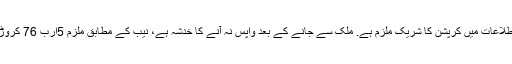
نیب پراسیکیوٹر کا کہنا ہے کہ اکبرانعام محکمہ اطلاعات میں کرپشن کا شریک ملزم ہے. ملک سے جانے کے بعد واپس نہ آنے کا خدشہ ہے، نیب کے مطابق ملزم 5ارب 76 کروڑروپے کے کرپشن ریفرنس میں شریک ملزم ہے۔